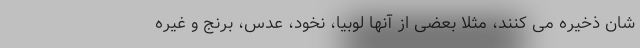
شان ذخیره می کنند، مثلا بعضی از آنها لوبیا، نخود، عدس، برنج و غیره